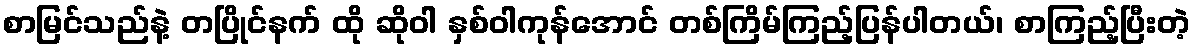
စာမြင်သည်နဲ့ တပြိုင်နက် ထို ဆိုဝါ နှစ်ဝါကုန်အောင် တစ်ကြိမ်ကြည့်ပြန်ပါတယ်၊ စာကြည့်ပြီးတဲ့